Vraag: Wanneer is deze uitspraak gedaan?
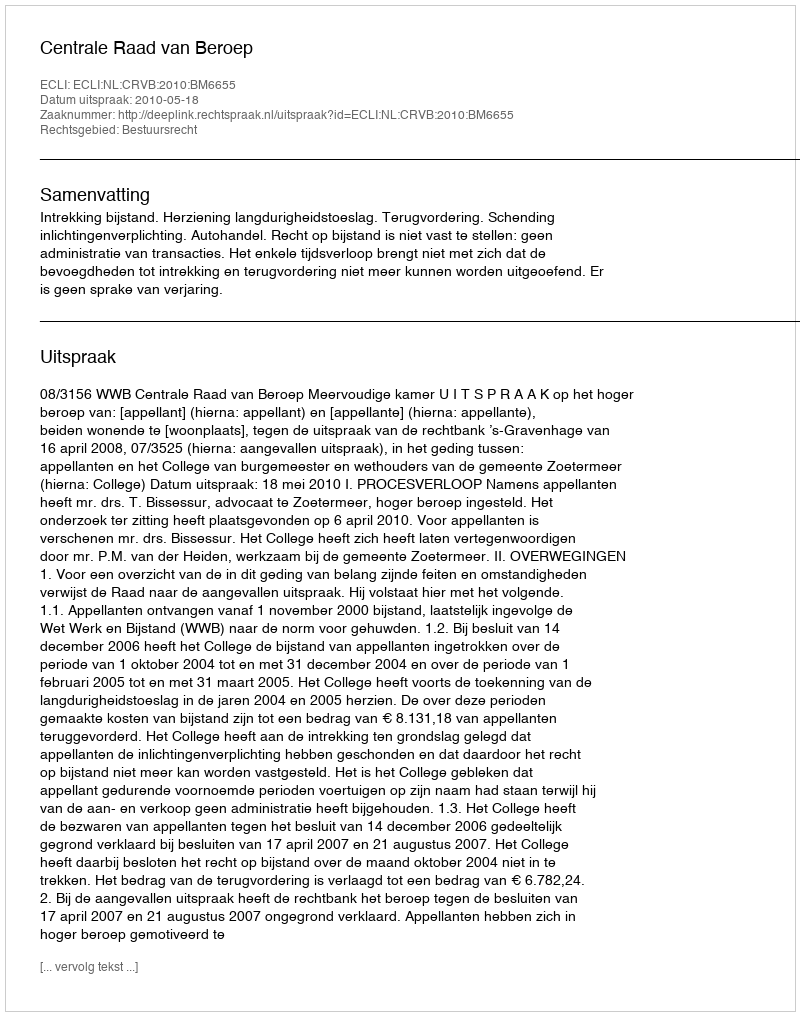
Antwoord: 2010-05-18